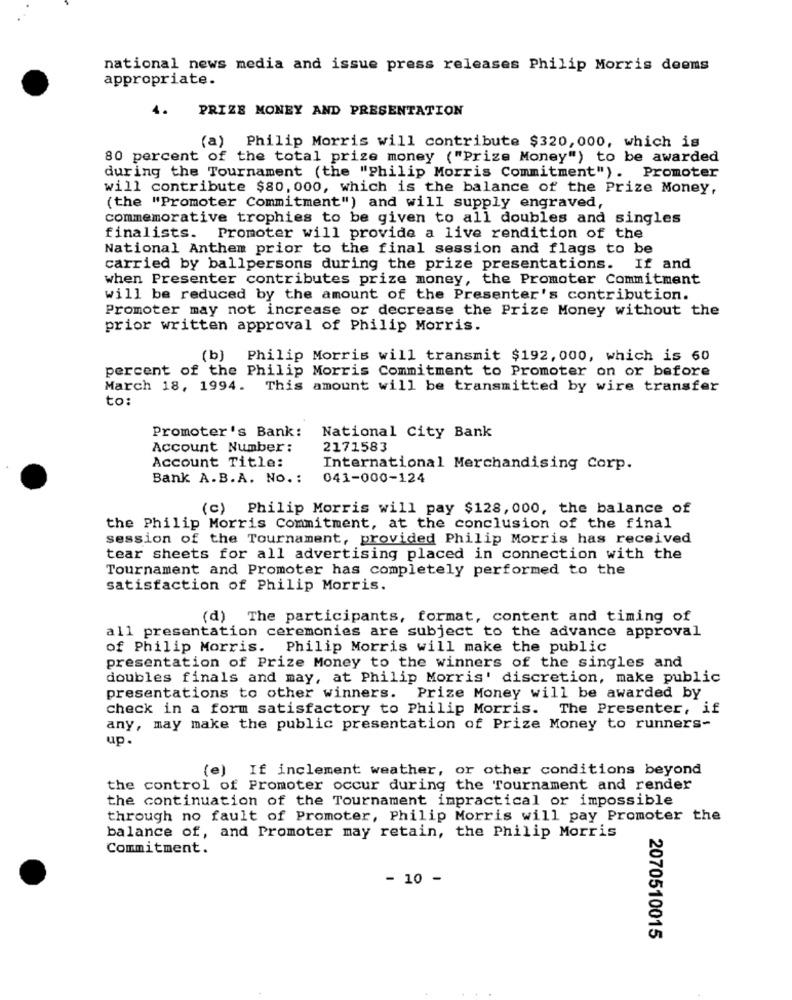
national news media and issue press releases Philip Morris deens
appropriate.
4.
PRIZE MONEY AND PRESENTATION
(a) Philip Morris will contribute $320, 000, which is
80 percent of the total prize money ("Prize Money") to be awarded
during the Tournament (the "Philip Morris Commitment"). Promoter
will contribute $80, 000, which is the balance of the Prize Money,
(the "Promoter Commitment") and will supply engraved,
commemorative trophies to be given to all doubles and singles
finalists. Promoter will provide a live rendition of the
National Anthem prior to the final session and flags to be
carried by ballpersons during the prize presentations.
If and
when Presenter contributes prize money, the Promoter Commitment
will be reduced by the amount of the Presenter's contribution.
Promoter may not increase or decrease the Prize Money without the
prior written approval of Philip Morris.
(b) Philip Morris will transmit $192, 000, which is 60
percent of the Philip Morris Commitment to Promoter on or before
March 18, 1994. This amount will be transmitted by wire transfer
to:
National City Bank
Promoter's Bank:
Account Number :
2171583
Account Title:
International Merchandising Corp.
Bank A.B.A. No. :
041-000-124
(c) Philip Morris will pay $128, 000, the balance of
the Philip Morris Commitment, at the conclusion of the final
session of the Tournament, provided Philip Morris has received
tear sheets for all advertising placed in connection with the
Tournament and Promoter has completely performed to the
satisfaction of Philip Morris.
(d) The participants, format, content and timing of
all presentation ceremonies are subject to the advance approval
of Philip Morris. Philip Morris will make the public
presentation of Prize Money to the winners of the singles and
doubles finals and may, at Philip Morris' discretion, make public
presentations to other winners. Prize Money will be awarded by
check in a form satisfactory to Philip Morris. The Presenter, if
any, may make the public presentation of Prize Money to runners-
up.
(e) If inclement weather, or other conditions beyond
the control of Promoter occur during the Tournament and render
the continuation of the Tournament impractical or impossible
through no fault of Promoter, Philip Morris will pay Promoter the
balance of, and Promoter may retain, the Philip Morris
Commitment.
- 10 -
2070510015